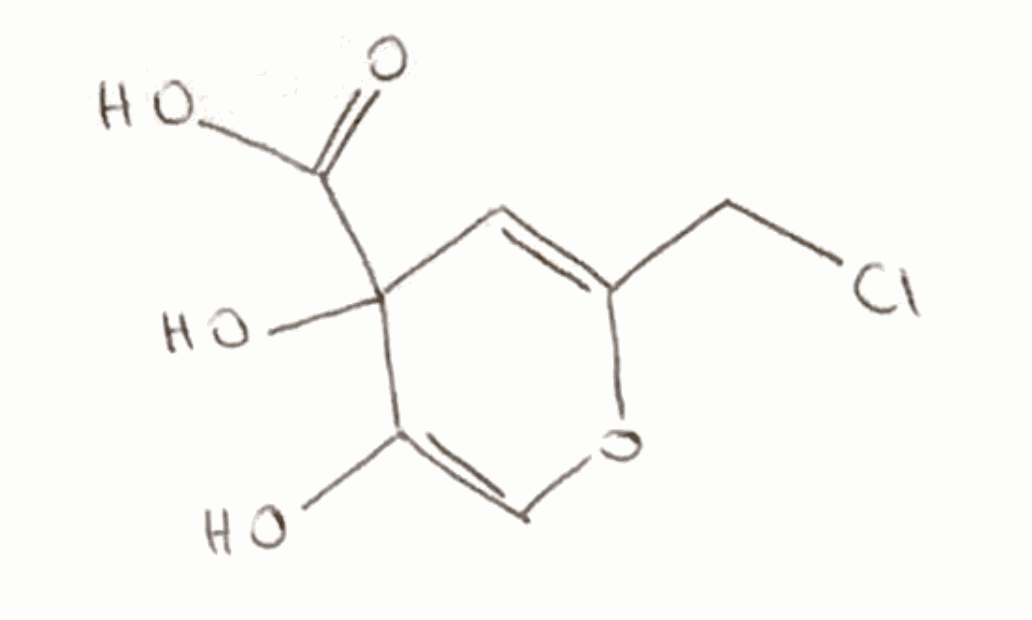
Simplified molecular-input line-entry system (SMILES) notation of the given molecule:
C1=C(OC=C(C1(C(=O)O)O)O)CCl